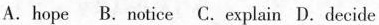
A.hope B. notice C. explain D.decide